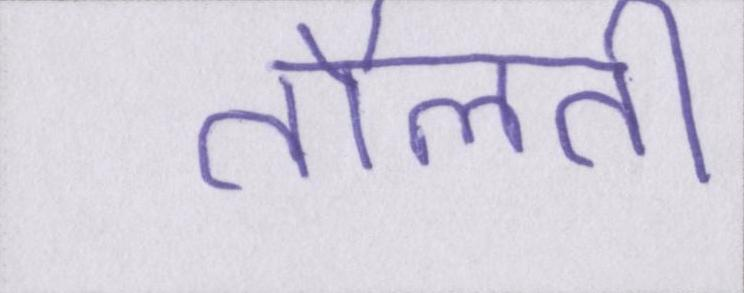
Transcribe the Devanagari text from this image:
तौलती